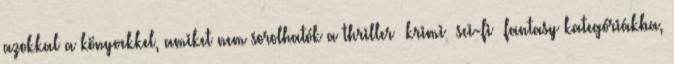
azokkal a könyvekkel, amiket nem sorolhatók a thriller krimi sci-fi fantasy kategóriákba,